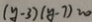
( y - 3 ) ( y - 7 ) = 0